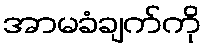
အာမခံချက်ကို